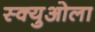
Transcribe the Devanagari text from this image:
स्क्युओला